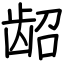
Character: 龆